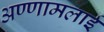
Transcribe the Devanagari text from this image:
अण्णामलाई